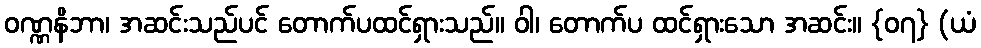
ဝဏ္ဏနိဘာ၊ အဆင်းသည်ပင် တောက်ပထင်ရှားသည်။ ဝါ၊ တောက်ပ ထင်ရှားသော အဆင်း။ {၀၇} (ယံ